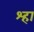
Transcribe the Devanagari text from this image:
श्हा